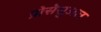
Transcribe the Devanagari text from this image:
प्रोसेसुअल